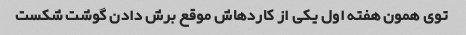
توی همون هفته اول یکی از کاردهاش موقع برش دادن گوشت شکست